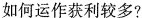
如何运作获利较多?